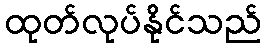
ထုတ်လုပ်နိုင်သည်